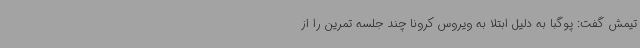
تیمش گفت:‌ پوگبا به دلیل ابتلا به ویروس کرونا چند جلسه تمرین را از